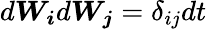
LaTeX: d\boldsymbol{W_{i}}d\boldsymbol{W_{j}}=\delta_{ij}dt